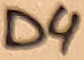
Text: D4